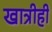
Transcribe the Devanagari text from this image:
खात्रीही